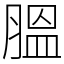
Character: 膃